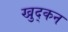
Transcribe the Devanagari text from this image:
खुद्कन